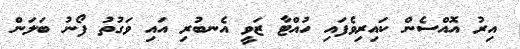
އިރު އޮއްސެން ކައިރިވެފައި ހުއްޓާ ޒަވީ އެނބުރި އައި ވަގުތު ފޯނު ބަލަން